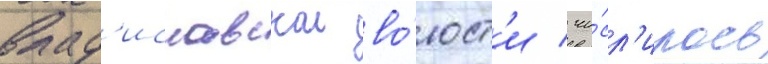
влад'иславскои во́лост'и / чи́сл'илось